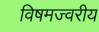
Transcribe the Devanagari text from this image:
विषमज्वरीय